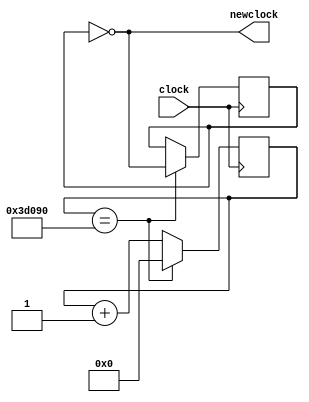
module freqdivider(clock, newclock);

	input clock;
	
	output newclock;
	
	reg [19:0] counter;
	reg regclock;
	
	always @ (posedge clock)
		if (counter == 20'b0011_1101_0000_1001_0000) begin;
			counter <= 20'b0;
			regclock = ~regclock;
			end
		else
			counter <= counter + 1;
		
	// Statement that helps with dividing reg from wires:
	
	assign newclock = (regclock==0);
		
endmodule